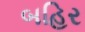
બહિર